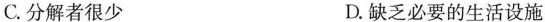
C.分解者很少 D.缺乏必要的生活设施